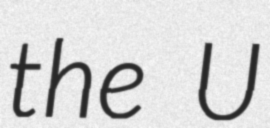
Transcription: the U